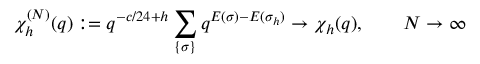
\chi _ { h } ^ { ( N ) } ( q ) : = q ^ { - c / 2 4 + h } \sum _ { \{ \sigma \} } q ^ { E ( \sigma ) - E ( \sigma _ { h } ) } \to \chi _ { h } ( q ) , \qquad N \to \infty